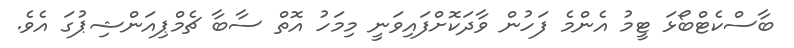
ބާސްކެޓްބޯޅަ ޓީމު އެންމެ ފަހުން ވާދަކޮށްފައިވަނީ މިމަހު އޮތް ސާބާ ޗެމްޕިއަންޝިޕުގަ އެވެ.